Vaccination in the Punjab 1883-1896 - 1883-1896
Year: 1883
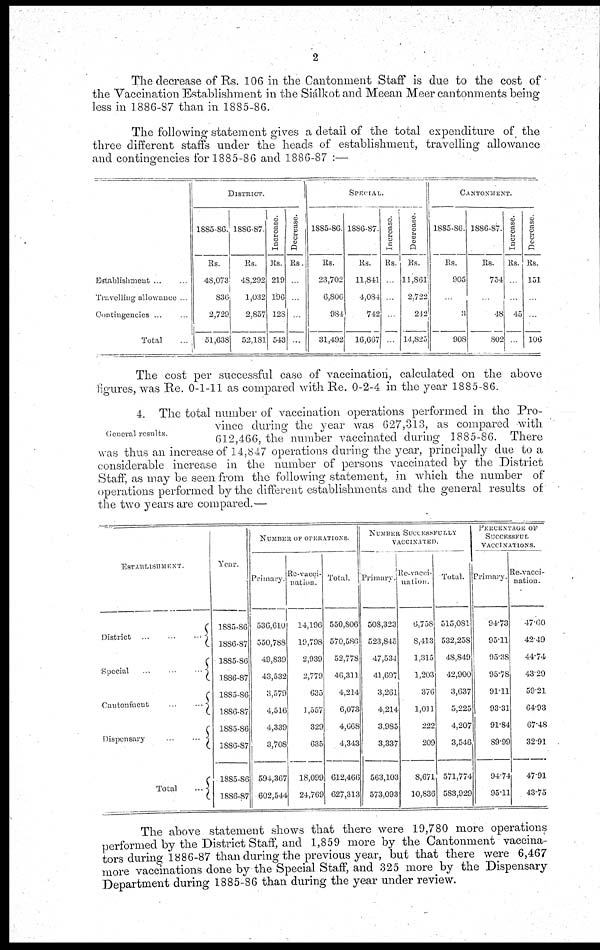
2
The decrease of Rs. 106 in the Cantonment Staff is due to the cost of
the Vaccination Establishment in the Siálkot and Meean Meer cantonments being
less in 1886-87 than in 1885-86.
The following statement gives a detail of the total expenditure of the
three different staffs under the heads of establishment, travelling allowance
and contingencies for 1885-86 and 1886-87 :—
Establishment ... ...
Travelling allowance ...
Contingencies ... ...
Total ...
DISTRICT.
1885-86.
Rs.
48,073
836
2,729
51,638
1886-87.
Rs.
48,292
1,032
2,857
52,181
Increase.
Rs.
219
196
128
543
Decrease.
Rs.
...
...
...
...
SPECIAL.
1885-86.
Rs.
23,702
6,806
984
31,492
1886-87.
Rs.
11,841
4,084
742
16,667
Increase.
Rs.
...
...
...
...
Decrease.
Rs.
11,861
2,722
242
14,825
CANTONMENT.
1885-86.
Rs.
905
...
3
908
1886-87.
Rs.
754
...
48
802
Increase.
Rs.
...
...
45
...
Decrease.
Rs.
151
...
...
106
The cost per successful case of vaccination, calculated on the above
figures, was Re. 0-1-11 as compared with Re. 0-2-4 in the year 1885-86.
General results.
4. The total number of vaccination operations performed in the Pro-
vince during the year was 627,313, as compared with
612,466, the number vaccinated during 1885-86. There
was thus an increase of 14,847 operations during the year, principally due to a
considerable increase in the number of persons vaccinated by the District
Staff, as may be seen from the following statement, in which the number of
operations performed by the different establishments and the general results of
the two years are compared.—
ESTABLISHMENT.
District ...
...
...
Special
...
...
...
Cantonment
...
...
Dispensary
...
...
Total
...
Year.
1885-86
1886-87
1885-86
1886-87
1885-86
1886-87
1885-86
1886-87
1885-86
1886-87
NUMBER OF OPERATIONS.
Primary.
536,610
550,788
49,839
43,532
3,579
4,516
4,339
3,708
594,367
602,544
Re-vacci¬
nation.
14,196
19,798
2,939
2,779
635
1,557
329
635
18,099
24,769
Total.
550,806
570,586
52,778
46,311
4,214
6,073
4,668
4,343
612,466
627,313
NUMBER SUCCESSFULLY
VACCINATED.
Primary.
508,323
523,845
47,534
41,697
3,261
4,214
3,985
3,337
563,103
573,093
Re-vacci-
nation.
6,758
8,413
1,315
1,203
376
1,011
222
209
8,671
10,836
Total.
515,081
532,258
48,840
42,900
3,637
5,225
4,207
3,546
571,774
583,929
PERCENTAGE OF
SUCCESSFUL
VACCINATIONS.
Primary.
94.73
95.11
95.38
95.78
91.11
93.31
91.84
89.99
94.74
95.11
Re-vacci¬
nation.
47.60
42.49
44.74
43.29
59.21
64.93
67.48
32.91
47.91
43.75
The above statement shows that there were 19,780 more operations
performed by the District Staff, and 1,859 more by the Cantonment vaccina¬
tors during 1886-87 than during the previous year, but that there were 6,467
more vaccinations done by the Special Staff, and 325 more by the Dispensary
Department during 1885-86 than during the year under review.